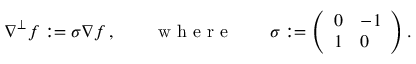
\nabla ^ { \perp } f : = \sigma \nabla f \, , \qquad \mathrm { ~ w ~ h ~ e ~ r ~ e ~ } \qquad \sigma : = \left( \begin{array} { l l } { 0 } & { - 1 } \\ { 1 } & { 0 } \end{array} \right) .